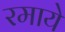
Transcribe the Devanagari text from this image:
रमाये